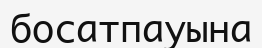
босатпауына